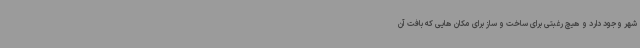
شهر وجود دارد و هیچ رغبتی برای ساخت و ساز برای مکان هایی که بافت آن